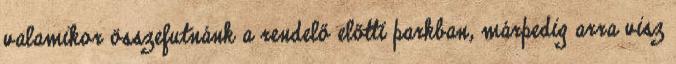
valamikor összefutnánk a rendelő előtti parkban, márpedig arra visz